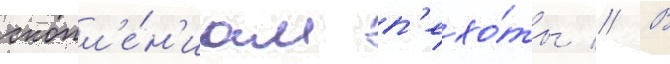
скопл'е́н'иам п'ехо́ты // В